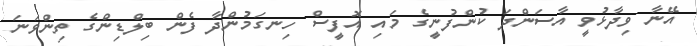
އޭނާ ވިދާޅުވީ އާސަންދަ ކުންފުނީގެ މައި އޮފީސް ހިނގަމުންދާ ފެން ބިލްޑިންގެ ތިންވަނަ